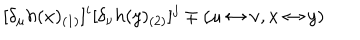
LaTeX: [ \delta _ { \mu } h ( x ) _ { ( 1 ) } ] ^ { i } [ \delta _ { \nu } h ( y ) _ { ( 2 ) } ] ^ { j } \mp ( \mu \leftrightarrow \nu , x \leftrightarrow y )